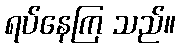
ရပ်နေကြ သည်။